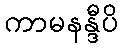
ကာမနန္ဒီပိ